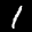
Label: 1